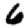
Digit: 6